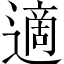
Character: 適